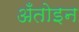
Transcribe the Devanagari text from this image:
अँतोइन